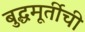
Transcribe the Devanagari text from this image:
बुद्धमूर्तीची